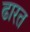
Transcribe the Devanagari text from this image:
ढारत